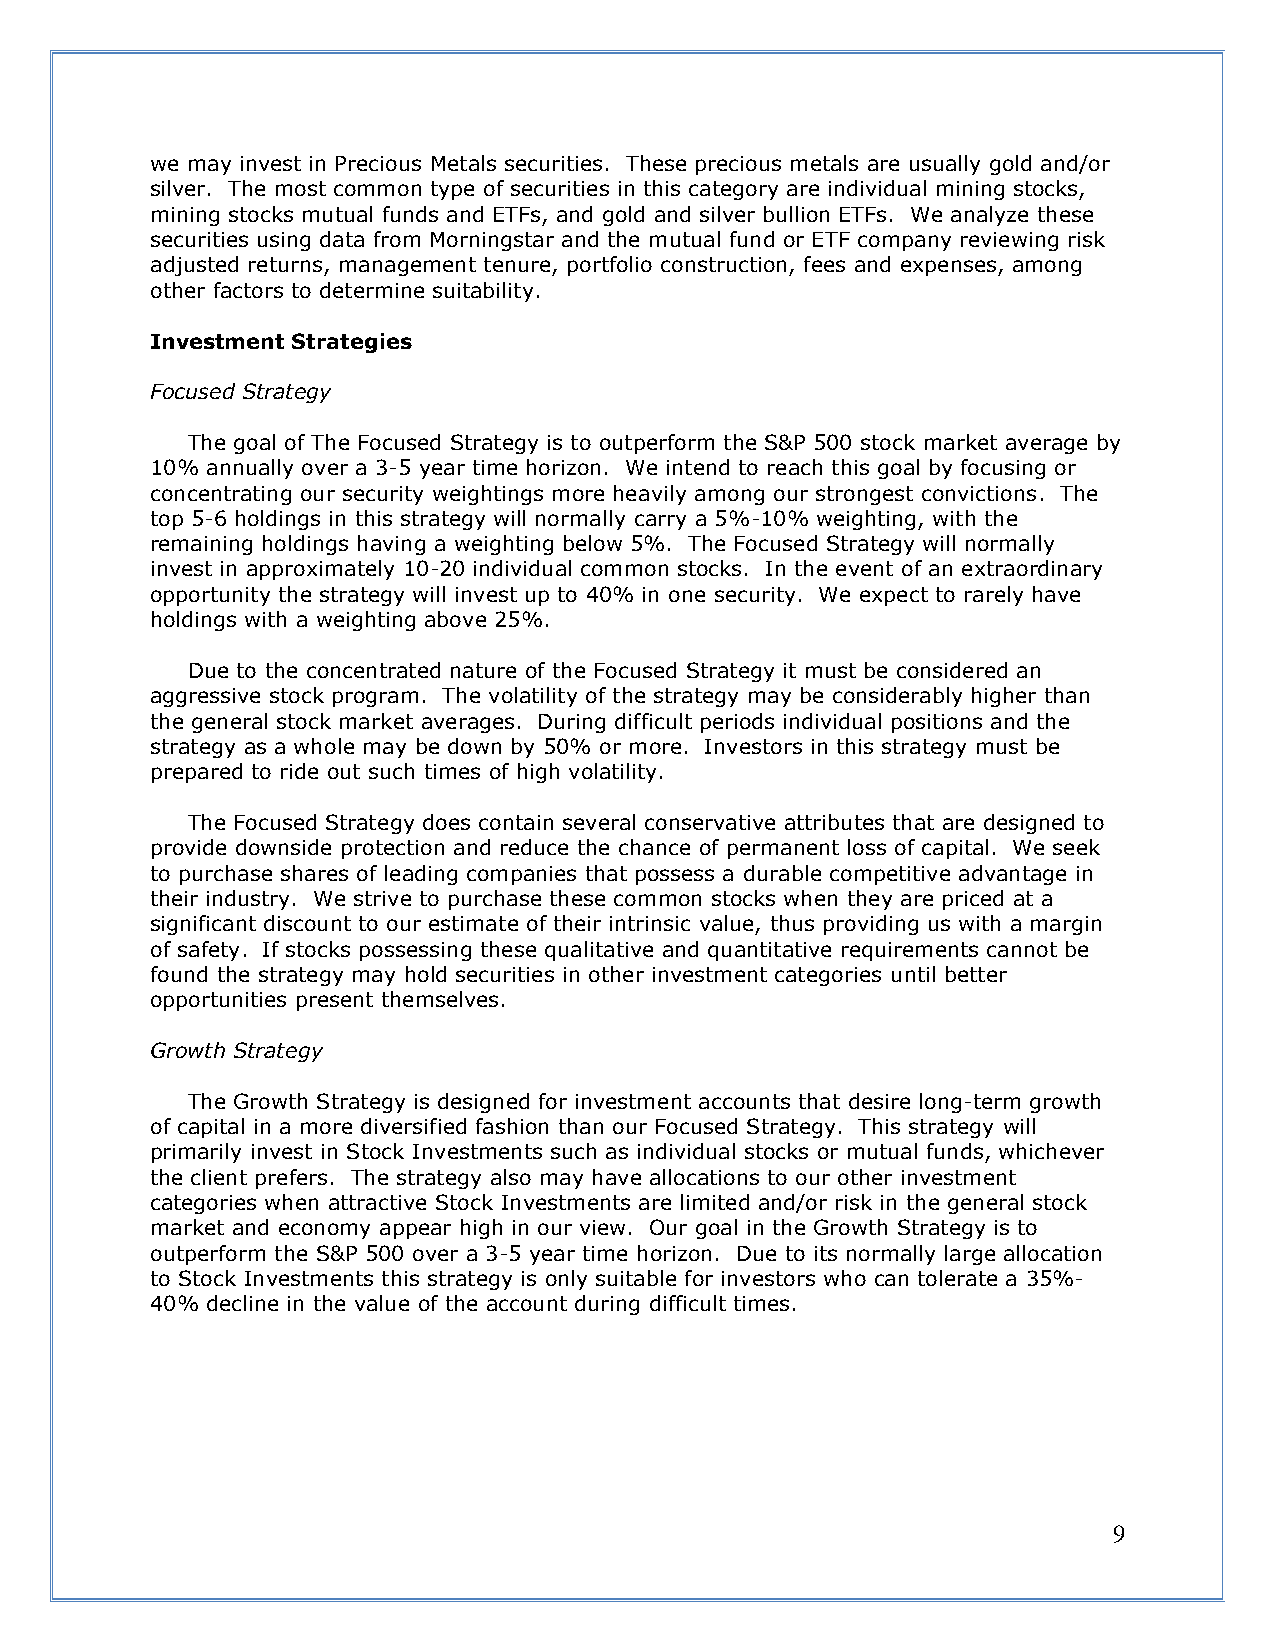
we may invest in Precious Metals securities. These precious metals are usually gold and/or
 silver. The most common type of securities in this category are individual mining stocks,
 mining stocks mutual funds and ETFs, and gold and silver bullion ETFs. We analyze these
 securities using data from Morningstar and the mutual fund or ETF company reviewing risk
 adjusted returns, management tenure, portfolio construction, fees and expenses, among
 other factors to determine suitability.
 Investment Strategies
 Focused Strategy
 The goal of The Focused Strategy is to outperform the S&P 500 stock market average by
 10% annually over a 3-5 year time horizon. We intend to reach this goal by focusing or
 concentrating our security weightings more heavily among our strongest convictions. The
 top 5-6 holdings in this strategy will normally carry a 5%-10% weighting, with the
 remaining holdings having a weighting below 5%. The Focused Strategy will normally
 invest in approximately 10-20 individual common stocks. In the event of an extraordinary
 opportunity the strategy will invest up to 40% in one security. We expect to rarely have
 holdings with a weighting above 25%.
 Due to the concentrated nature of the Focused Strategy it must be considered an
 aggressive stock program. The volatility of the strategy may be considerably higher than
 the general stock market averages. During difficult periods individual positions and the
 strategy as a whole may be down by 50% or more. Investors in this strategy must be
 prepared to ride out such times of high volatility.
 The Focused Strategy does contain several conservative attributes that are designed to
 provide downside protection and reduce the chance of permanent loss of capital. We seek
 to purchase shares of leading companies that possess a durable competitive advantage in
 their industry. We strive to purchase these common stocks when they are priced at a
 significant discount to our estimate of their intrinsic value, thus providing us with a margin
 of safety. If stocks possessing these qualitative and quantitative requirements cannot be
 found the strategy may hold securities in other investment categories until better
 opportunities present themselves.
 Growth Strategy
 The Growth Strategy is designed for investment accounts that desire long-term growth
 of capital in a more diversified fashion than our Focused Strategy. This strategy will
 primarily invest in Stock Investments such as individual stocks or mutual funds, whichever
 the client prefers. The strategy also may have allocations to our other investment
 categories when attractive Stock Investments are limited and/or risk in the general stock
 market and economy appear high in our view. Our goal in the Growth Strategy is to
 outperform the S&P 500 over a 3-5 year time horizon. Due to its normally large allocation
 to Stock Investments this strategy is only suitable for investors who can tolerate a 35%-
 40% decline in the value of the account during difficult times.
 9